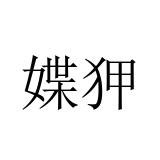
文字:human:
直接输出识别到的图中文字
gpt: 媟狎